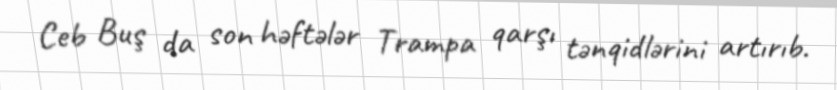
Ceb Buş da son həftələr Trampa qarşı tənqidlərini artırıb.